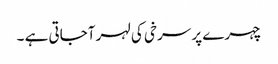
چہرے پر سرخی کی لہر آجاتی ہے ۔